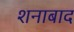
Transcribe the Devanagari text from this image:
शनाबाद